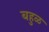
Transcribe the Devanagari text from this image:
बहुळ